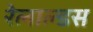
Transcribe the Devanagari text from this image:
रेलाल्डस